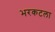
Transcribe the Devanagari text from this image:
भरकटला